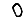
Digit: 0